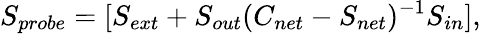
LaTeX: S_{probe}=[S_{ext}+S_{out}(C_{net}-S_{net})^{-1}S_{in}],